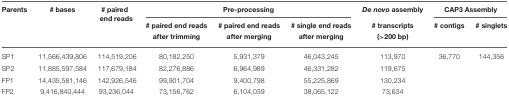
| Parents | # bases | # paired end reads | <COLSPAN=3> Pre-processing | De novo assembly | <COLSPAN=2> CAP3 Assembly |
 |  |  |  | # paired end reads after trimming | # paired end reads after merging | # single end reads after merging | # transcripts (>200 bp) | # contigs | # singlets |
 | --- | --- | --- | --- | --- | --- | --- | --- | --- |
 | SP1 | 11,566,439,806 | 114,519,206 | 80,182,250 | 5,931,379 | 46,043,245 | 113,970 | 36,770 | 144,356 |
 | SP2 | 11,885,597,584 | 117,679,184 | 82,276,886 | 6,964,989 | 46,331,282 | 119,675 |  |  |
 | FP1 | 14,435,581,146 | 142,926,546 | 99,901,704 | 9,400,798 | 55,225,869 | 130,234 |  |  |
 | FP2 | 9,416,840,444 | 93,236,044 | 73,156,762 | 6,104,039 | 38,065,122 | 73,634 |  |  |